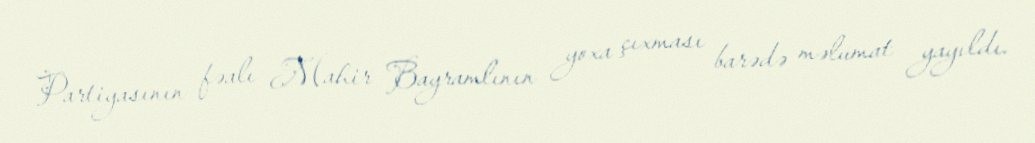
Partiyasının fəalı Mahir Bayramlının yoxa çıxması barədə məlumat yayıldı.